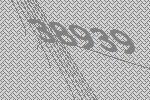
38939